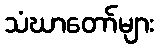
သံဃာတော်များ